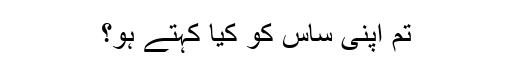
تم اپنی ساس کو کیا کہتے ہو؟